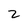
Character: 2